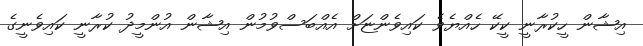
އިޝާން ހީކުރާނީ ކީކޭ ހެއްޔެވެ ކައިވެންޏަށް އެއްބަސްވުމުން އިޝާން އުންމީދު ކުރާނީ ކައިވެނީގެ